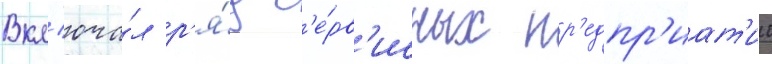
Вкл'юча́л р'я́д с'е́рв'исных пр'едпр'иат'ии